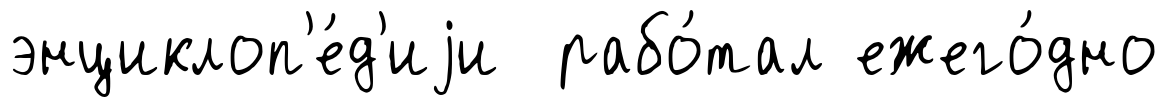
энциклоп'е́д'иjи рабо́тал ежего́дно